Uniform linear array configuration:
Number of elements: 16
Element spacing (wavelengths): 0.75
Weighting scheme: blackman
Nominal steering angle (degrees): -60
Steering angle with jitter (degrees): -61.461
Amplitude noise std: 0.05
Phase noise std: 0.05

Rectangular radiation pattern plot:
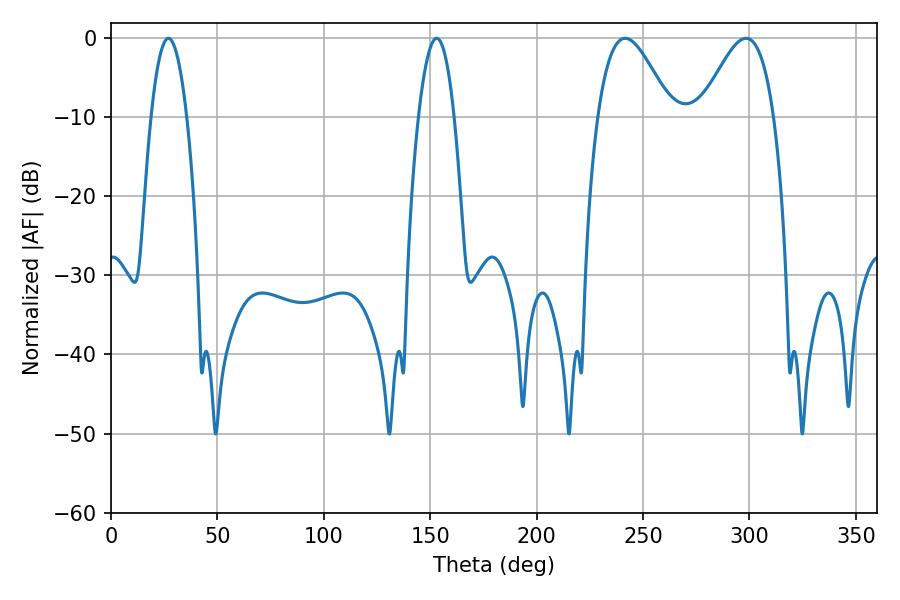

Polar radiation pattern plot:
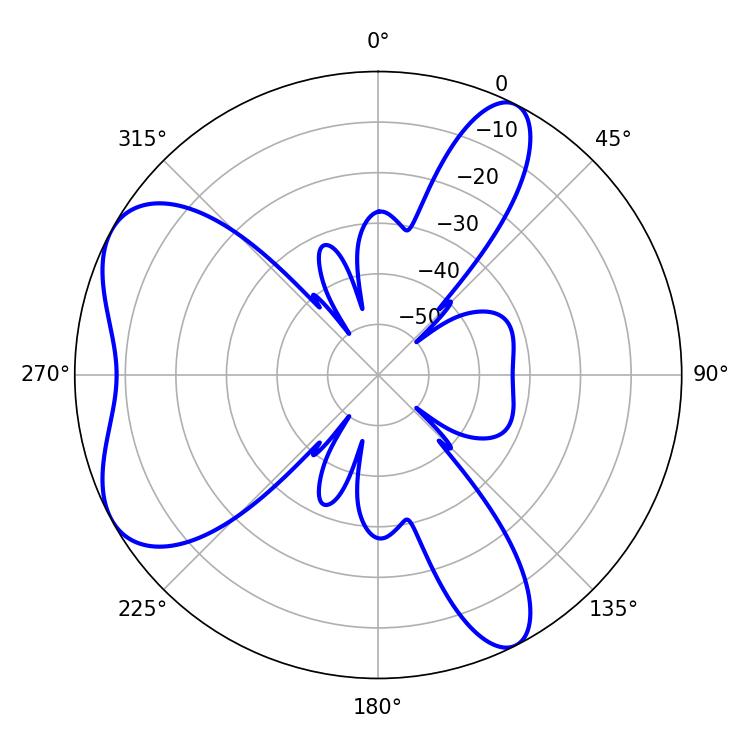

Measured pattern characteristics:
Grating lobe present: TRUE
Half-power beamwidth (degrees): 9.18
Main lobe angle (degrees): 27